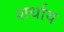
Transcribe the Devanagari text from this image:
शर्धाय